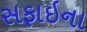
સફાઇના